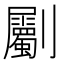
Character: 劚